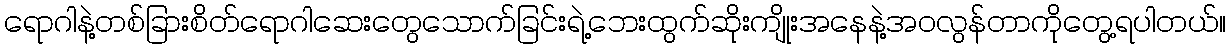
ရောဂါနဲ့တစ်ခြားစိတ်ရောဂါဆေးတွေသောက်ခြင်းရဲ့ဘေးထွက်ဆိုးကျိုးအနေနဲ့အဝလွန်တာကိုတွေ့ရပါတယ်။